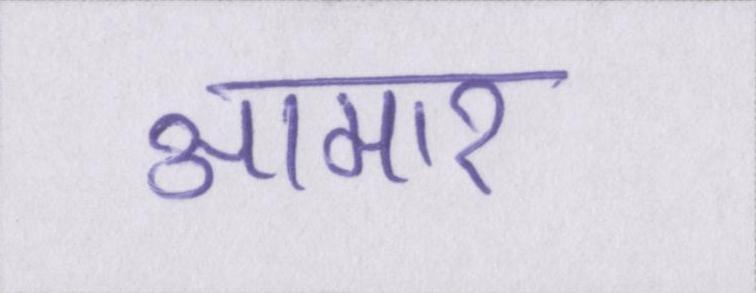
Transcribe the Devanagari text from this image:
आमार